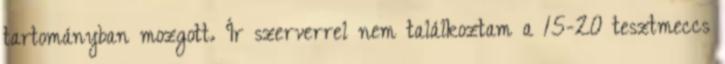
tartományban mozgott. Ír szerverrel nem találkoztam a 15-20 tesztmeccs